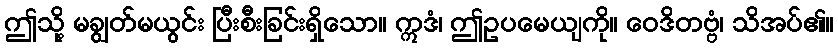
ဤသို့ မချွတ်မယွင်း ပြီးစီးခြင်းရှိသော။ ဣဒံ၊ ဤဥပမေယျကို။ ဝေဒိတဗ္ဗံ၊ သိအပ်၏။